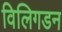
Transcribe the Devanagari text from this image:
विलिगडन